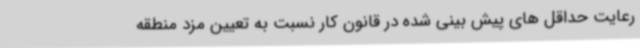
رعایت حداقل های پیش بینی شده در قانون کار نسبت به تعیین مزد منطقه